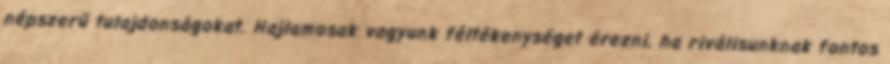
népszerű tulajdonságokat. Hajlamosak vagyunk féltékenységet érezni, ha riválisunknak fontos